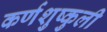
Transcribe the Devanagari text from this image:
कर्णशुष्कुली